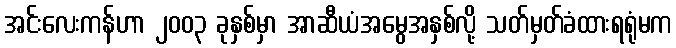
အင်းလေးကန်ဟာ ၂၀၀၃ ခုနှစ်မှာ အာဆီယံအမွေအနှစ်လို့ သတ်မှတ်ခံထားရရုံမက